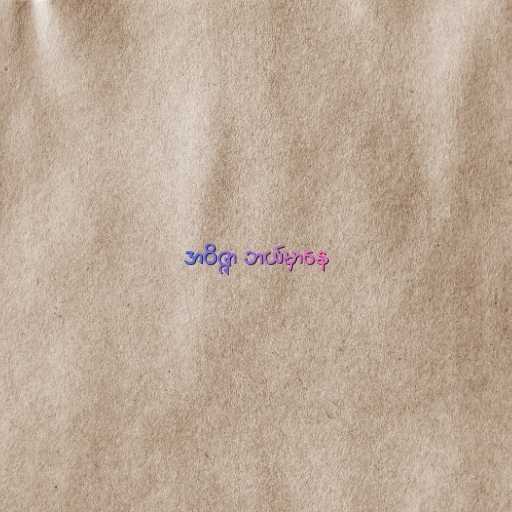
အဝိဇ္ဇာ ဘယ်မှာနေ